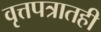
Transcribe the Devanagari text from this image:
वृत्तपत्रातही